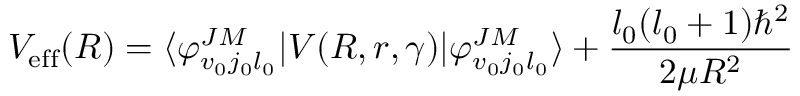
V _ { \mathrm { e f f } } ( R ) = \langle \varphi _ { v _ { 0 } j _ { 0 } l _ { 0 } } ^ { J M } | V ( R , r , \gamma ) | \varphi _ { v _ { 0 } j _ { 0 } l _ { 0 } } ^ { J M } \rangle + \frac { l _ { 0 } ( l _ { 0 } + 1 ) \hbar ^ { 2 } } { 2 \mu R ^ { 2 } }